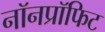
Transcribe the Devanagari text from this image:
नॉनप्रॉफिट